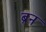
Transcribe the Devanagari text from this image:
ब्रन